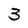
Character: 3